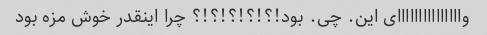
وااااااااااااااای این. چی. بود!؟!؟!؟!؟!؟ چرا اینقدر خوش مزه بود